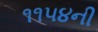
૧૧૫૪ની